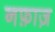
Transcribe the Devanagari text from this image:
नफ़ाज़